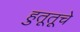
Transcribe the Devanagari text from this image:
हुतूतूचे